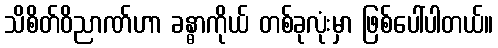
သိစိတ်ဝိညာဏ်ဟာ ခန္ဓာကိုယ် တစ်ခုလုံးမှာ ဖြစ်ပေါ်ပါတယ်။